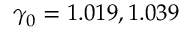
\gamma _ { 0 } = 1 . 0 1 9 , 1 . 0 3 9